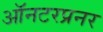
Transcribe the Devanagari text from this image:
ऑनटरप्रनर